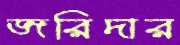
জরিদার